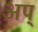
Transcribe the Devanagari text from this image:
अप्‌